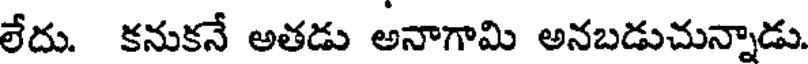
లేదు. కనుకనే అతడు అనాగామి అనబడుచున్నాడు.